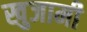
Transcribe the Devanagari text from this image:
खुजामी